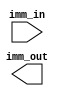
module SignExtension (imm_in, imm_out);
	input [15:0] imm_in;
	output reg [31:0] imm_out;
	assign sign_out[15:0]=imm_in[15:0];
	assign sign_out[31:16]=imm_out[15]?16'b1111_1111_1111_1111:16'b0;
endmodule